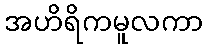
အဟိရိကမူလကာ